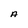
Character: A